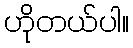
ဟိုတယ်ပါ။